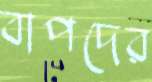
বাপদের